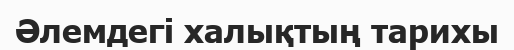
Әлемдегі халықтың тарихы